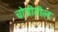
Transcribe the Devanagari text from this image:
चोचीतील